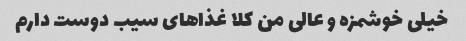
خیلی خوشمزه و عالی من کلا غذاهای سیب دوست دارم